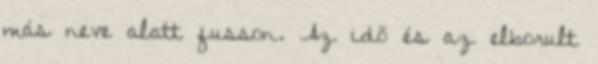
más neve alatt fusson. Az idő és az elborult